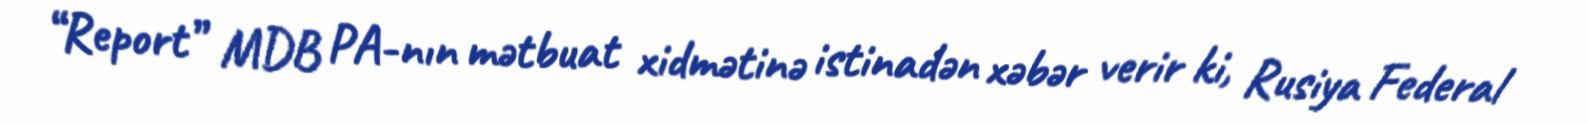
“Report” MDB PA-nın mətbuat xidmətinə istinadən xəbər verir ki, Rusiya Federal